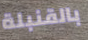
بالقنبلة